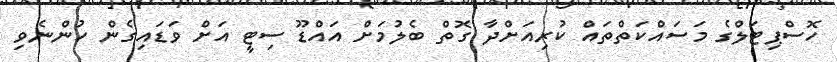
ހޮސްޕިޓަލްގެ މަސައްކަތްތައް ކުރިއަށްދާ ގޮތް ބެލުމަށް އައްޑޫ ސިޓީ އަށް ވަޑައިގެން ހުންނެވި